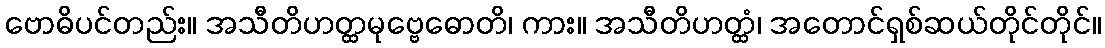
ဗောဓိပင်တည်း။ အသီတိဟတ္ထမုဗ္ဗေဓောတိ၊ ကား။ အသီတိဟတ္ထံ၊ အတောင်ရှစ်ဆယ်တိုင်တိုင်။